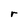
Character: r